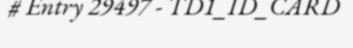
# Entry 29497 - TD1_ID_CARD